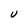
Character: U